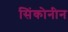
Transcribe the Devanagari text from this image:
सिंकोनीन